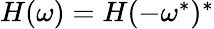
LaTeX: \begin{array}{r}{\begin{array}{r}{H(\omega)=H(-\omega^{*})^{*}}\end{array}}\end{array}